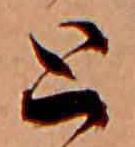
と